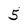
Character: 5